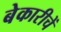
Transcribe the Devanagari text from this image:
बेकारीचें